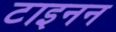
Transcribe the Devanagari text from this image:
टाइनन